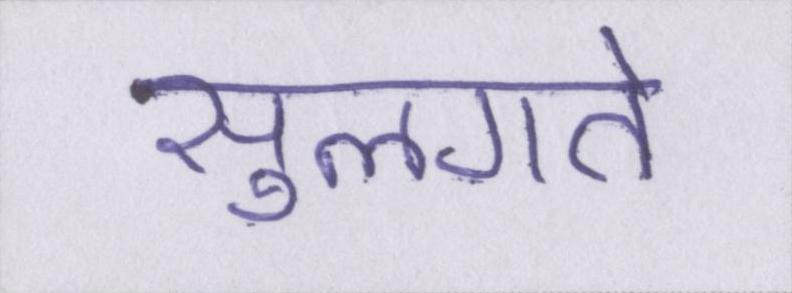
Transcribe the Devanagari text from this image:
सुलगते